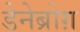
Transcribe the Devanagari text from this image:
डेनेब्रोग़